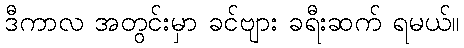
ဒီကာလ အတွင်းမှာ ခင်ဗျား ခရီးဆက် ရမယ်။